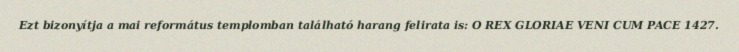
Ezt bizonyítja a mai református templomban található harang felirata is: O REX GLORIAE VENI CUM PACE 1427.